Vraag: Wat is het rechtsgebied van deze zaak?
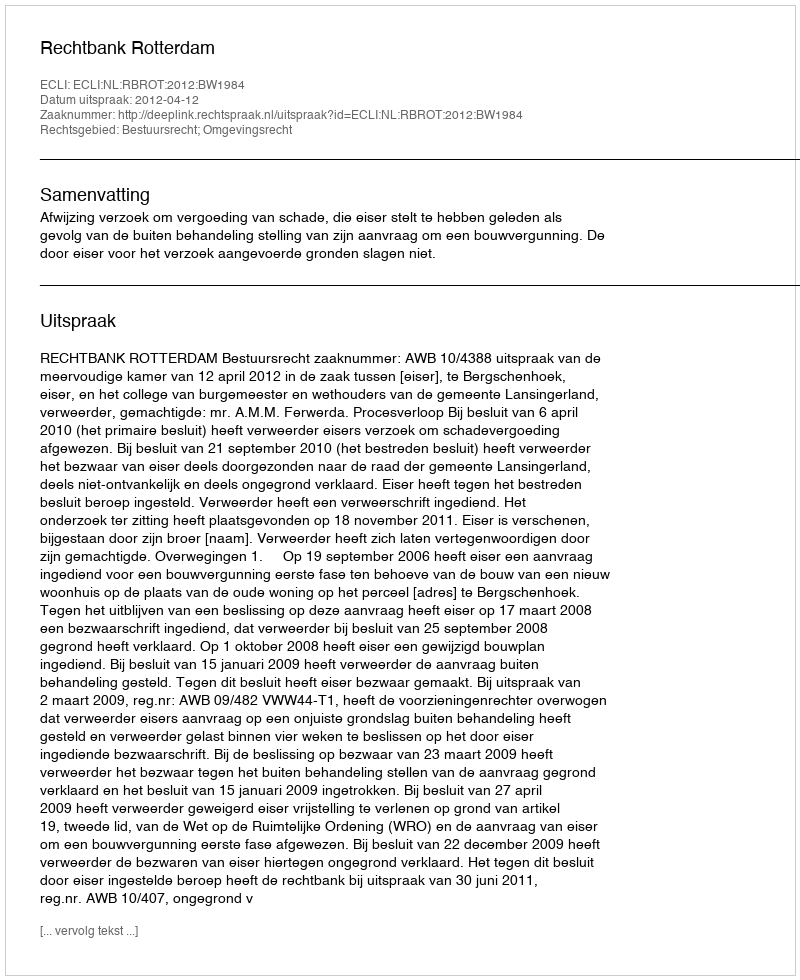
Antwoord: Bestuursrecht; Omgevingsrecht